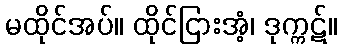
မထိုင်အပ်။ ထိုင်ငြားအံ့၊ ဒုက္ကဋ်။